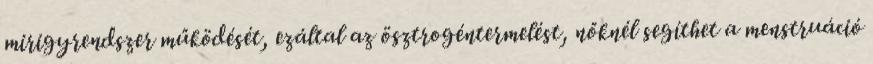
mirigyrendszer működését, ezáltal az ösztrogéntermelést, nőknél segíthet a menstruáció